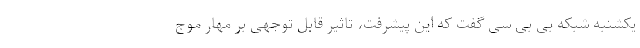
یکشنبه شبکه بی بی سی گفت که این پیشرفت، تاثیر قابل توجهی بر مهار موج